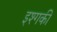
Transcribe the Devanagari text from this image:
इश्गकी